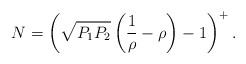
LaTeX: \begin{align*}N=\left(\sqrt{P_1P_2}\left(\frac{1}{\rho}-\rho\right)-1\right)^+.\end{align*}